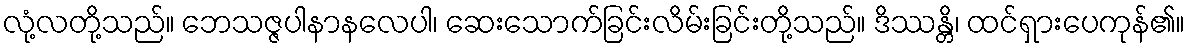
လုံ့လတို့သည်။ ဘေသဇ္ဇပါနာနလေပါ၊ ဆေးသောက်ခြင်းလိမ်းခြင်းတို့သည်။ ဒိဿန္တိ၊ ထင်ရှားပေကုန်၏။